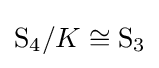
\mathrm {S} _{4}/K\cong \mathrm {S} _{3}